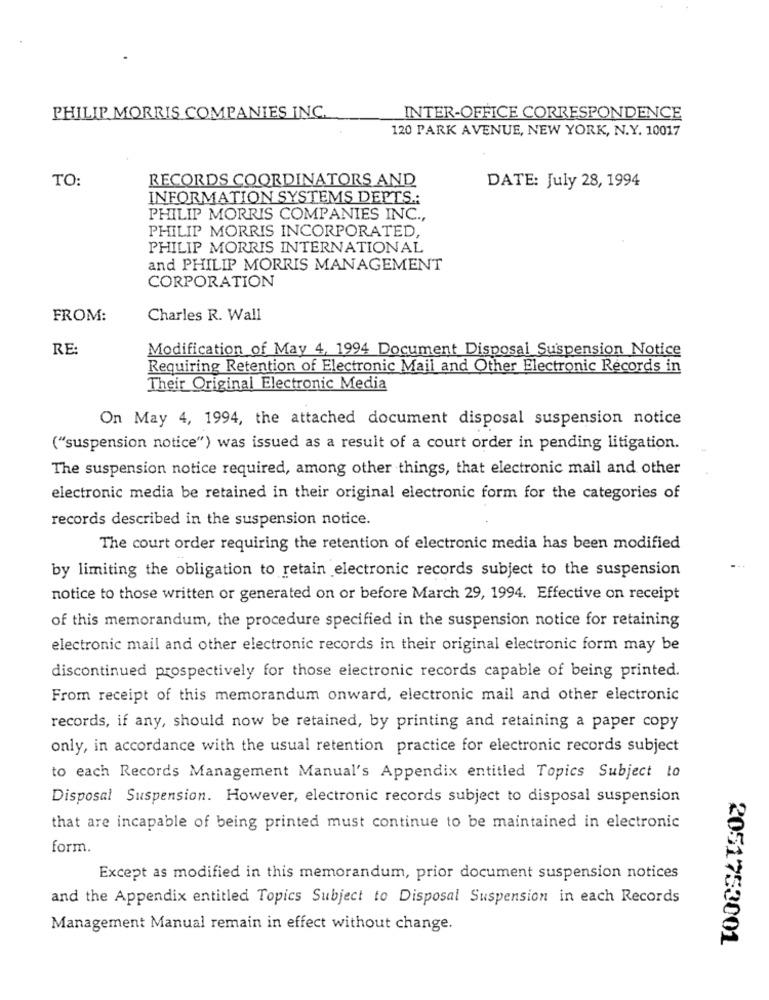
PHILIP MORRIS COMPANIES INC.
INTER-OFFICE CORRESPONDENCE
120 PARK AVENUE, NEW YORK, N.Y. 10017
TO:
RECORDS COORDINATORS AND
DATE: July 28, 1994
INFORMATION SYSTEMS DEPTS .:
PHILIP MORRIS COMPANIES INC .,
PHILIP MORRIS INCORPORATED,
PHILIP MORRIS INTERNATIONAL
and PHILIP MORRIS MANAGEMENT
CORPORATION
FROM:
Charles R. Wall
RE:
Modification of May 4, 1994 Document Disposal Suspension Notice
Requiring Retention of Electronic Mail and Other Electronic Records in
Their Original Electronic Media
On May 4, 1994, the attached document disposal suspension notice
("suspension notice") was issued as a result of a court order in pending litigation.
The suspension notice required, among other things, that electronic mail and other
electronic media be retained in their original electronic form for the categories of
records described in the suspension notice.
The court order requiring the retention of electronic media has been modified
by limiting the obligation to retain electronic records subject to the suspension
notice to those written or generated on or before March 29, 1994. Effective on receipt
of this memorandum, the procedure specified in the suspension notice for retaining
electronic mail and other electronic records in their original electronic form may be
discontinued prospectively for those electronic records capable of being printed.
From receipt of this memorandum onward, electronic mail and other electronic
records, if any, should now be retained, by printing and retaining a paper copy
only, in accordance with the usual retention practice for electronic records subject
to each Records Management Manual's Appendix entitled Topics Subject to
Disposal Suspension. However, electronic records subject to disposal suspension
that are incapable of being printed must continue to be maintained in electronic
form.
Except as modified in this memorandum, prior document suspension notices
and the Appendix entitled Topics Subject to Disposal Suspension in each Records
Management Manual remain in effect without change.
2051753001